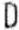
D